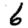
Digit: 6